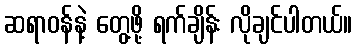
ဆရာဝန်နဲ့ တွေ့ဖို့ ရက်ချိန်း လိုချင်ပါတယ်။